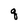
Character: q